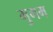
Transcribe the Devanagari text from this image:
मुगम